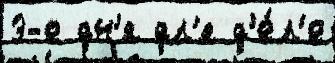
3-е дн'я дл'я д'е́л'е